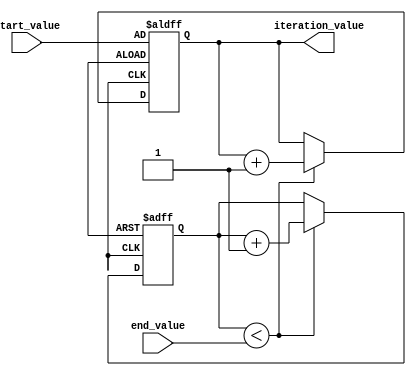
module incremental_for_loop (
    input [7:0] start_value,
    input [7:0] end_value,
    output reg [7:0] iteration_value
);

reg [7:0] counter;

always @(posedge clk or posedge rst) begin
    if (rst) begin
        counter <= 0;
        iteration_value <= start_value;
    end else begin
        if (counter < end_value) begin
            counter <= counter + 1;
            iteration_value <= iteration_value + 1;
        end
    end
end

endmodule